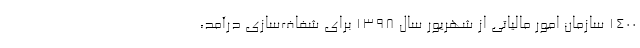
۱۴۰۰ سازمان امور مالیاتی از شهریور سال ۱۳۹۸ برای شفاف‌سازی درآمد،